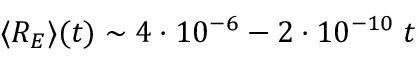
\langle R _ { E } \rangle ( t ) \sim 4 \cdot 1 0 ^ { - 6 } - 2 \cdot 1 0 ^ { - 1 0 } \; t